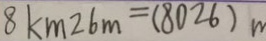
8 k m 2 6 m = ( 8 0 2 6 ) m